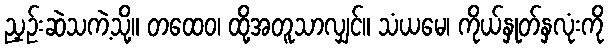
ညှဉ်းဆဲသကဲ့သို့။ တထေဝ၊ ထို့အတူသာလျှင်။ သံယမေ၊ ကိုယ်နှုတ်နှလုံးကို